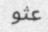
عثو